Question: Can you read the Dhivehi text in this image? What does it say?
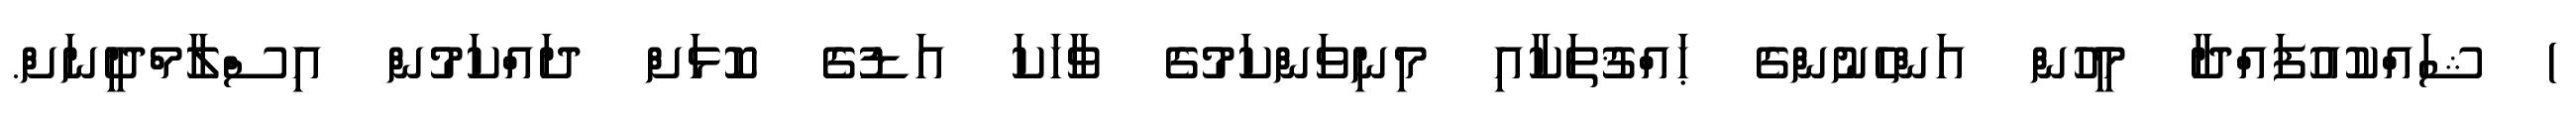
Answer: ) ޝައްކުއުފައްދާ މީހުން އަންހެނުންގެ ޙައްޤުތަކާއި މިނިވަންކަމުގެ ވާހަކަ އަޑުގެ ކޮޅަށް ދައްކަމުން އިސްލާމްދީނަށް.